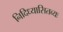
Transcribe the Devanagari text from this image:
निदिध्यासितव्यः